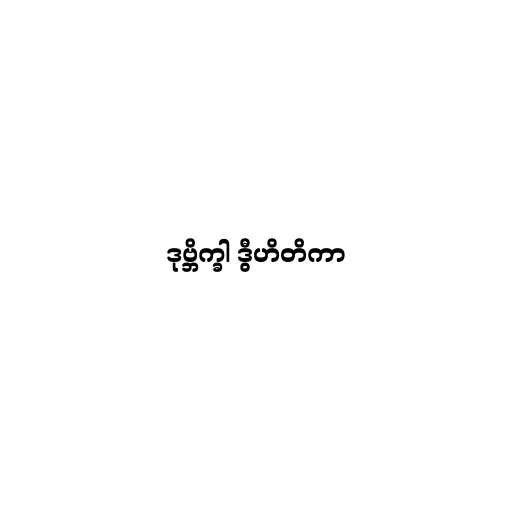
ဒုဗ္ဘိက္ခါ ဒွီဟိတိကာ